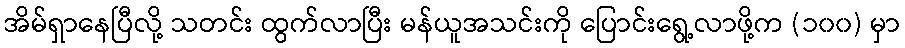
အိမ်ရှာနေပြီလို့ သတင်း ထွက်လာပြီး မန်ယူအသင်းကို ပြောင်းရွေ့လာဖို့က (၁၀၀) မှာ